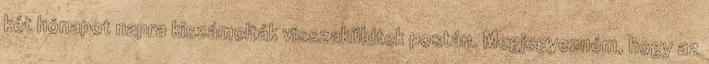
két hónapot napra kiszámolták visszaküldtek postán. Megjegyezném, hogy az